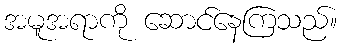
အမူအရာကို ဆောင်နေကြသည်။